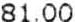
81.00